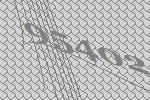
95402